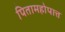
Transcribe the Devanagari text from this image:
पितामहोपात्त